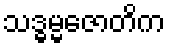
သဒ္ဓမ္မဇောတိက